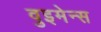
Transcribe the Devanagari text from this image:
वुइमेन्स